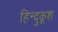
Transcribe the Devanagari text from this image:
हिन्दुकूश